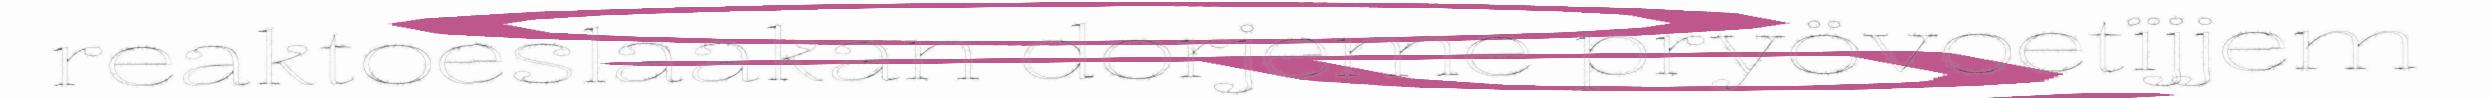
reaktoeslaakan dorjeme pryövoetïjjem